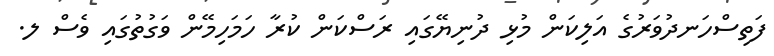
ފަތިސްހަނދުވަރުގެ އަލިކަން މުޅި ދުނިޔޭގައި ރަސްކަން ކުރާ ހަމަހިމޭން ވަގުތުގައި ވެސް ލ.